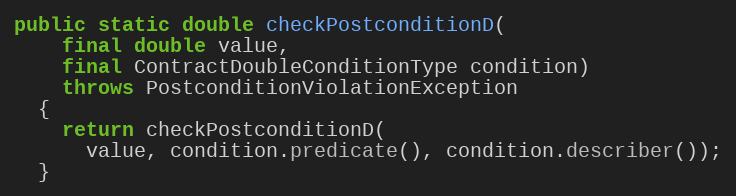
Language: Java
public static double checkPostconditionD(
    final double value,
    final ContractDoubleConditionType condition)
    throws PostconditionViolationException
  {
    return checkPostconditionD(
      value, condition.predicate(), condition.describer());
  }